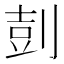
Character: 𪟌